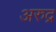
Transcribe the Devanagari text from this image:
अरुद्र